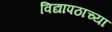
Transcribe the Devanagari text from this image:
विद्यापठाच्या